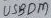
Text: USBDM